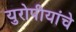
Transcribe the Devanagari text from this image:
युरोपीयांचे